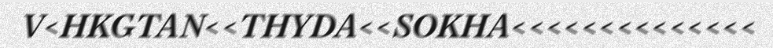
V<HKGTAN<<THYDA<<SOKHA<<<<<<<<<<<<<<